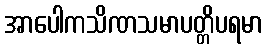
အာပေါကသိဏသမာပတ္တိပရမာ